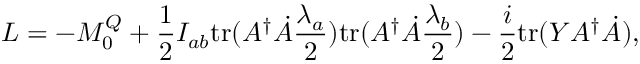
L = - M _ { 0 } ^ { Q } + \frac { 1 } { 2 } I _ { a b } \mathrm { t r } ( { \cal A } ^ { \dag } \dot { \cal A } \frac { \lambda _ { a } } { 2 } ) \mathrm { t r } ( { \cal A } ^ { \dag } \dot { \cal A } \frac { \lambda _ { b } } { 2 } ) - \frac { i } { 2 } \mathrm { t r } ( Y { \cal A } ^ { \dag } \dot { \cal A } ) ,